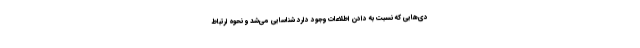
دی‌هایی که نسبت به دادن اطلاعات وجود دارد شناسایی می‌شد و نحوه ارتباط